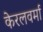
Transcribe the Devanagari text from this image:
केरलवर्मा